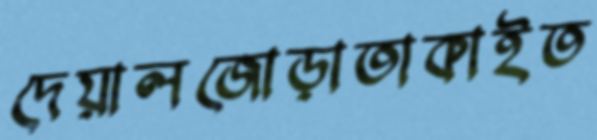
দেয়ালজোড়াতাকাইত